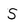
Character: S